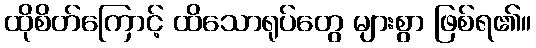
ထိုစိတ်ကြောင့် ထိသောရုပ်တွေ များစွာ ဖြစ်ရ၏။